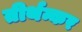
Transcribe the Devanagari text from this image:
तीर्थन्कर